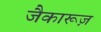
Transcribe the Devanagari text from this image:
जैकारूज़